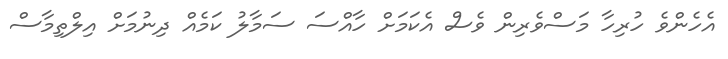
އެހެންވެ ހުރިހާ މަސްވެރިން ވެސް އެކަމަށް ހާއްސަ ސަމާލު ކަމެއް ދިނުމަށް އިލްތިމާސް